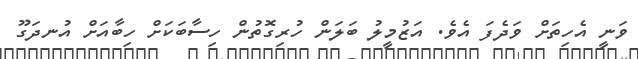
ވަނީ އެހިތަށް ވަދެފަ އެވެ. އަޒުމީލު ބަލަން ހުރިގޮތުން ހިސާބަކަށް ހިބާއަށް އުނދަގޫ